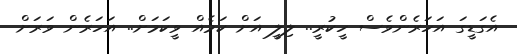
އެގަޑީގަ އަހަރެންވެސް ހީކުރީ.. ލިލީ އަށް ކަމެއް ވީކަމަށް.. އަހަރެން ވަރަށް